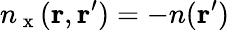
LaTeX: n_{\mathrm{~x~}}(\mathbf{r},\mathbf{r}^{\prime})=-n(\mathbf{r}^{\prime})